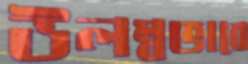
উলম্বভাবে